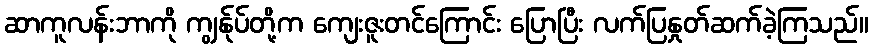
ဆာကူလန်းဘာကို ကျွန်ုပ်တို့က ကျေးဇူးတင်ကြောင်း ပြောပြီး လက်ပြနှုတ်ဆက်ခဲ့ကြသည်။